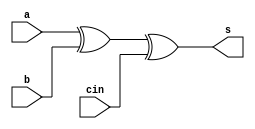
`timescale 1ns / 1ps
//////////////////////////////////////////////////////////////////////////////////
// Company: PSG COLLEGE OF TECHNOLOGY
// 
// Design Name: 
// Module Name: carry_select_adder
// Project Name: CARRY SELECT 22-3-4-5 Adder 
// Target Devices: 
// Tool Versions: 2017.4 Xilinx Vivado
// Description: 
// 
// Dependencies: 
// 
// Revision:
// Revision 0.01 - File Created
// Additional Comments:
// 
//////////////////////////////////////////////////////////////////////////////////
module sum(s,a,b,cin);
    input a,b,cin;
    output s;
    wire t; 
    xor G1(t,a,b);
    xor G2(s,t,cin); 
endmodule 

module carry(cout,a,b,cin);
    input a,b,cin;
    output cout;
    wire [2:0]t;
    and G1(t[0],a,b);
    and G2(t[1],b,cin);
    and G3(t[2],a,cin);
    or G4(cout,t[0],t[1],t[2]);
endmodule 

module full_adder(sum,cout,a,b,cin);
    input a,b,cin;
    output sum,cout;
    sum S1(sum,a,b,cin);
    carry C1(cout,a,b,cin);  
endmodule

module mux2to1(out,a,b,sel);
    input a,b,sel;
    output out;
    wire t[2:0];
    not G1(t[0],sel);
    and G2(t[1],t[0],a);
    and G3(t[2],b,sel);
    or G4(out,t[1],t[2]);
endmodule

module adder_ripple_2(sum,carry_out,a,b,carry_in);
    input [1:0] a,b;
    input carry_in;
    output [1:0] sum;
    output carry_out;
    wire t;
    full_adder F1(sum[0],t,a[0],b[0],carry_in);
    full_adder F2(sum[1],carry_out,a[1],b[1],t);
endmodule

module adder_ripple_3(sum,carry_out,a,b,carry_in);
    input [2:0] a,b;
    input carry_in;
    output [2:0] sum;
    output carry_out;
    wire [1:0]t;
    full_adder F1(sum[0],t[0],a[0],b[0],carry_in);
    full_adder F2(sum[1],t[1],a[1],b[1],t[0]);
    full_adder F3(sum[2],carry_out,a[2],b[2],t[1]);
endmodule

module adder_ripple_4(sum,carry_out,a,b,carry_in);
    input [3:0] a,b;
    input carry_in;
    output [3:0] sum;
    output carry_out;
    wire [2:0]t;
    full_adder F1(sum[0],t[0],a[0],b[0],carry_in);
    full_adder F2(sum[1],t[1],a[1],b[1],t[0]);
    full_adder F3(sum[2],t[2],a[2],b[2],t[1]);
    full_adder F4(sum[3],carry_out,a[3],b[3],t[2]);
endmodule


module adder_ripple_5(sum,carry_out,a,b,carry_in);
    input [4:0] a,b;
    input carry_in;
    output [4:0] sum;
    output carry_out;
    wire [3:0]t;
    full_adder F1(sum[0],t[0],a[0],b[0],carry_in);
    full_adder F2(sum[1],t[1],a[1],b[1],t[0]);
    full_adder F3(sum[2],t[2],a[2],b[2],t[1]);
    full_adder F4(sum[3],t[3],a[3],b[3],t[2]);
    full_adder F5(sum[4],carry_out,a[4],b[4],t[3]);
endmodule




module carry_select_adder(sum,carry_out,a,b,carry_in);
    input [15:0]a,b;
    input carry_in;
    output[15:0]sum;
    output carry_out;
    wire [8:0]t;         // carrry out from full adder 
    wire [2:0]t_mux;   // output from mux 
    wire [1:0]t1;  //output sum from ripple carry adder 2(2bit)
    wire [1:0]t2;  //output sum from ripple carry adder 3(2bit)
    
    
    wire [2:0] t3; // output sum from ripple carry adder 4(3bit)
    wire [2:0] t4; // output sum from ripple carry adder 5(3bit)
    
    wire [3:0] t5; // output sum from ripple carry adder 6(4bit)
    wire [3:0] t6; // output sum from ripple carry adder 7(4bit)
    
    wire [4:0] t7; // output sum from ripple carry adder 8(5bit)
    wire [4:0] t8; // output sum from ripple carry adder 9(5bit)
    
    adder_ripple_2 ADD1(sum[1:0],t[0],a[1:0],b[1:0],carry_in);
    adder_ripple_2 ADD2(t1[1:0],t[1],a[3:2],b[3:2],1'b0);
    adder_ripple_2 ADD3(t2[1:0],t[2],a[3:2],b[3:2],1'b1);
    
    
    mux2to1 sum_select_mux_1(sum[2],t1[0],t2[0],t[0]);
    mux2to1 sum_select_mux_2(sum[3],t1[1],t2[1],t[0]);
    
    mux2to1 carry_select_mux_1(t_mux[0],t[1],t[2],t[0]);
    
    
    adder_ripple_3 ADD4(t3,t[3],a[6:4],b[6:4],1'b0);
    adder_ripple_3 ADD5(t4,t[4],a[6:4],b[6:4],1'b1);
    
    mux2to1 sum_select_mux_3(sum[4],t3[0],t4[0],t_mux[0]);
    mux2to1 sum_select_mux_4(sum[5],t3[1],t4[1],t_mux[0]);
    mux2to1 sum_select_mux_5(sum[6],t3[2],t4[2],t_mux[0]);
    
    mux2to1 carry_select_mux_2(t_mux[1],t[3],t[4],t_mux[0]);
    
    
    adder_ripple_4 ADD6(t5,t[5],a[10:7],b[10:7],1'b0);
    adder_ripple_4 ADD7(t6,t[6],a[10:7],b[10:7],1'b1);
    
    mux2to1 sum_select_mux_6(sum[7],t5[0],t6[0],t_mux[1]);
    mux2to1 sum_select_mux_7(sum[8],t5[1],t6[1],t_mux[1]);
    mux2to1 sum_select_mux_8(sum[9],t5[2],t6[2],t_mux[1]);
    mux2to1 sum_select_mux_9(sum[10],t5[3],t6[3],t_mux[1]);
    
    mux2to1 carry_select_mux_3(t_mux[2],t[5],t[6],t_mux[1]);
    
    adder_ripple_5 ADD8(t7,t[7],a[15:11],b[15:11],1'b0);
    adder_ripple_5 ADD9(t8,t[8],a[15:11],b[15:11],1'b1);
    
    mux2to1 sum_select_mux_10(sum[11],t7[0],t8[0],t_mux[2]);
    mux2to1 sum_select_mux_11(sum[12],t7[1],t8[1],t_mux[2]);
    mux2to1 sum_select_mux_12(sum[13],t7[2],t8[2],t_mux[2]);
    mux2to1 sum_select_mux_13(sum[14],t7[3],t8[3],t_mux[2]);
    mux2to1 sum_select_mux_14(sum[15],t7[4],t8[4],t_mux[2]);
    
    mux2to1 carry_select_mux_4(carry_out,t[7],t[8],t_mux[2]);
endmodule


module carry_select_64_bit(sum,carry_out,a,b,carry_in);
    input [63:0] a,b;
    input carry_in;
    output [63:0] sum;
    output carry_out;
    wire [2:0]t ;
    carry_select_adder  CS1(sum[15:0],t[0],a[15:0],b[15:0],carry_in);
    carry_select_adder  CS2(sum[31:16],t[1],a[31:16],b[31:16],t[0]);
    carry_select_adder  CS3(sum[47:32],t[2],a[47:32],b[47:32],t[1]);
    carry_select_adder  CS4(sum[63:48],carry_out,a[63:48],b[63:48],t[2]);
endmodule

// TEST BENCH 
module testbench;
reg [63:0] inp1 ,inp2 ;
reg inp_carry;
wire [64:0]sum_out;
carry_select_64_bit DUT(sum_out[63:0],sum_out[64],inp1,inp2,inp_carry);
initial 
        begin
        $monitor("number 1 = %d , number 2 = %d , sum = %d ",inp1,inp2,sum_out);
            inp1 = 64'd5000;        inp2 = 64'd6125 ;    inp_carry = 1'b0;
        #5  inp1 = 64'd20000;       inp2 = 64'd12000 ;   inp_carry = 1'b0;
        #5  inp1 = 64'd80000;       inp2 = 64'd9000 ;    inp_carry = 1'b0;
        #5  inp1 = 64'd0;           inp2 = 64'd0    ;    inp_carry = 1'b0;
        #5  inp1 = 64'd88000;       inp2 = 64'd100000 ;  inp_carry = 1'b0;           
        $finish;     
        end
endmodule